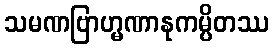
သမဏဗြာဟ္မဏာနုကမ္ပိတဿ